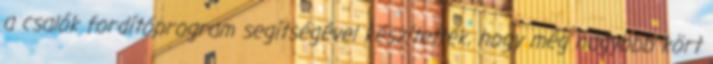
a csalók fordítóprogram segítségével készítették, hogy még nagyobb kört